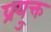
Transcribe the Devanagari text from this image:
प्रयु्क्त